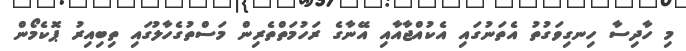
މި ހާދިސާ ހިނގިވަގުތު އެތަނުގައި އެކުއްޖާއާއި އޭނާގެ ރަހުމަތްތެރިން މަސްތުގެހާލުގައި ތިބިއިރު ޕޮކެމޯން